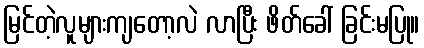
မြင်တဲ့လူများကျတော့လဲ လာပြီး ဖိတ်ခေါ် ခြင်းမပြု။